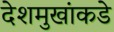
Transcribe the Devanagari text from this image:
देशमुखांकडे